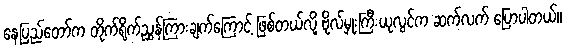
နေပြည်တော်က တိုက်ရိုက်ညွှန်ကြားချက်ကြောင့် ဖြစ်တယ်လို့ ဗိုလ်မှုးကြီးယုလွင်က ဆက်လက် ပြောပါတယ်။